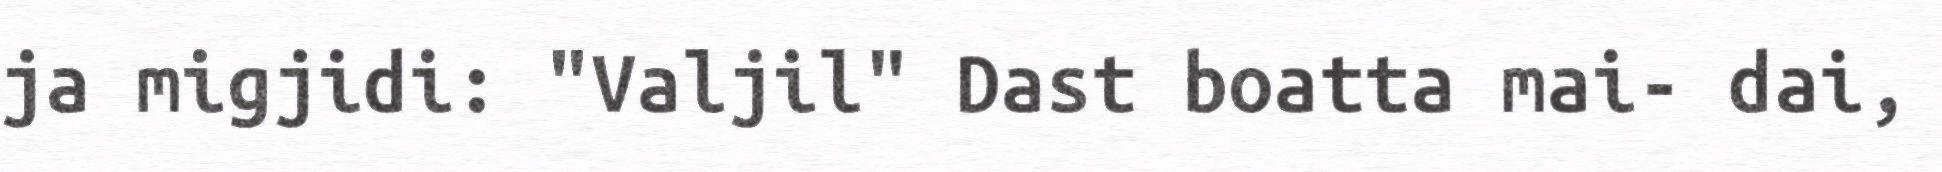
ja migjidi: "Valjil" Dast boatta mai- dai,